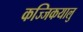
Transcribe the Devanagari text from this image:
कज्जिकयालु